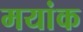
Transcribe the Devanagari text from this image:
मयांक